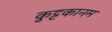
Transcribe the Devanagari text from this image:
कुट्टकानम